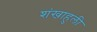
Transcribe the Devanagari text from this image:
शंखाहुली